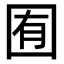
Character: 囿